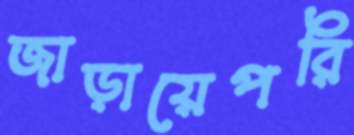
জাড়ায়েপরি